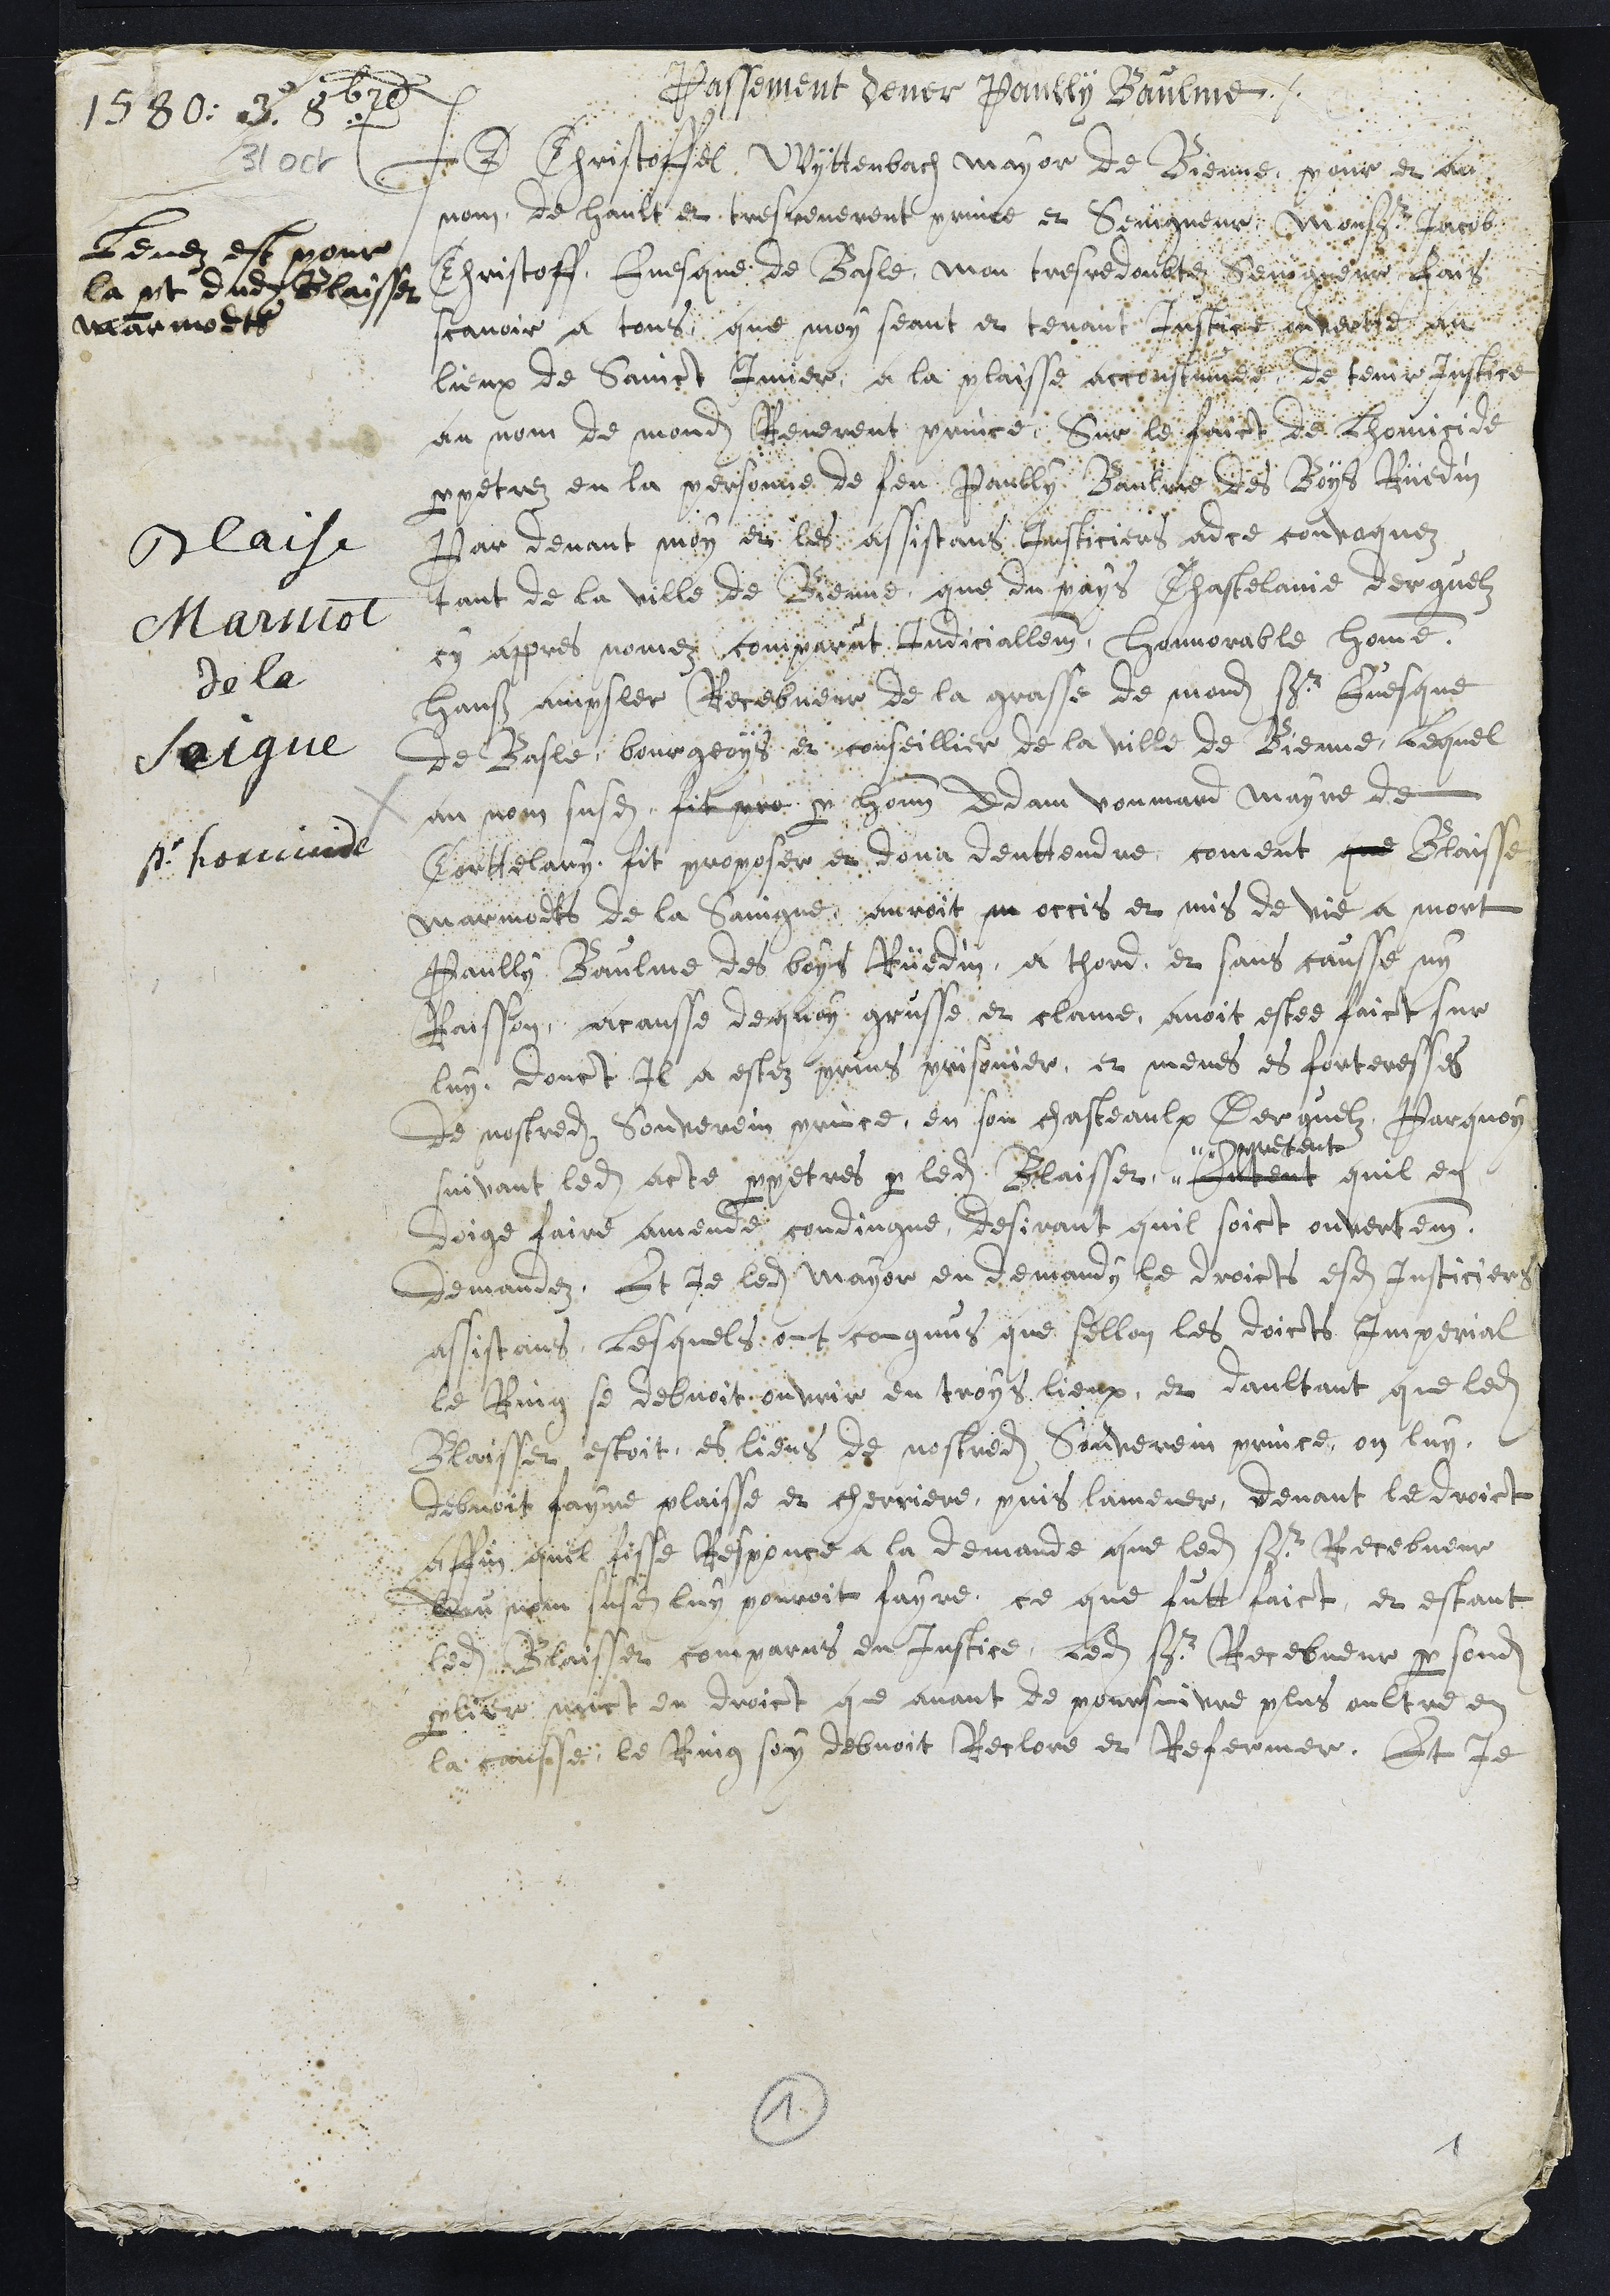
1580 8bre
31 oct.
Blaise
Marmot
de la
Seigne
pour homicide
Passement dever Paully Baulme.
Levez est pour
la part dudit Blaisset
Marmodts
Je Christoffel Wyttenbach mayor de Bienne, pour et au
nom de hault et tres reverent prince et Seingneur, Monsr Jacob
Christoff Evesque de Basle, mon tres redoubtez Seigneur fais
scavoir a tous que moy seant et tenant Justice ouverte au
lieux de Sainct Imier, a la plaisse accoustumee de tenir Justice
au nom de mondit Reverent prince, Sur le faict de Lhomicide
perpetrez en la personne de feu Paully Baulme des Boys Rüedin
Par devant moy et les assistans Justiciers adce convoquez
tant de la ville de Bienne, que du pays Chastelanie derguelz
cy appres nomez comparut Judiciallement, Honnorable Homme
Hanß ampsler Recebveur de la grasse de mondit sr Evesque
de Basle, bourgeoys et conseillier de la ville de Bienne, lequel
au nom susdit, fit pro par honnorable Adam Voumard Mayre de
Corttelary fit proposer et dona denttendre coment que Blaisse
Marmodts de la Saingne auroit m occis et mis de vie a mort
Paully Baulme des Boys Rüedin a thord, et sans causse ny
Raisson, a causse de quoy grusse et clame avoit estee faict sur
luy. Dont Il a estez prins prisonier et menes es forteresses
de nostredit Souverein prince, en son chasteaulx Derguelz Parquoy
suivant ledit acte perpetres par ledit Blaisset Entent
pretent
quil en
doige faire amende condingne desirant quil soict ouvertement
demandez, Et je ledit Mayor en demandy le droicts esdits Justiciers
assistans, lesquels ont congnus que sellon les droicts Imperial
le Ring se debvoit ouvrir en troys lieux, et daultant que ledit
Blaisse estoit es lieus de nostredit Souverein prince, on luy
debvoit faire plaisse et cherriere, puis lamener devant le droict
affin quil fisse Responce a la demande que ledit Sr Recebveur
au nom susdit luy pouroit fayre, ce que futt faict, et estant
ledit Blaisser comparus en Justice, ledit sr Recebveur par sondit
parlier mict en droict que avant de poursuivre plus oultre en
la causse, le Ring soy debvoit Reclore et Refermer, Et je
1
1